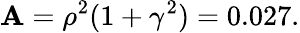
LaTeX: \mathbf{A}=\rho^{2}(1+\gamma^{2})=0.027.